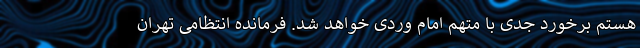
هستم برخورد جدی با متهم امام وردی خواهد شد. فرمانده انتظامی تهران